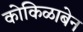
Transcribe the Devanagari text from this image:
कोकिळाबेन